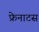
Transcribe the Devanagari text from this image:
फ्रेनाटस